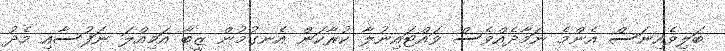
ބަލިވެއިނަސް އެންމެ ނަމާދެއްވެސް ވައްޓައިނުލާ ކުރާކަން އެނގުމުން ޒީބާ އަމިއްލަ ނަފުސާއި މެދު